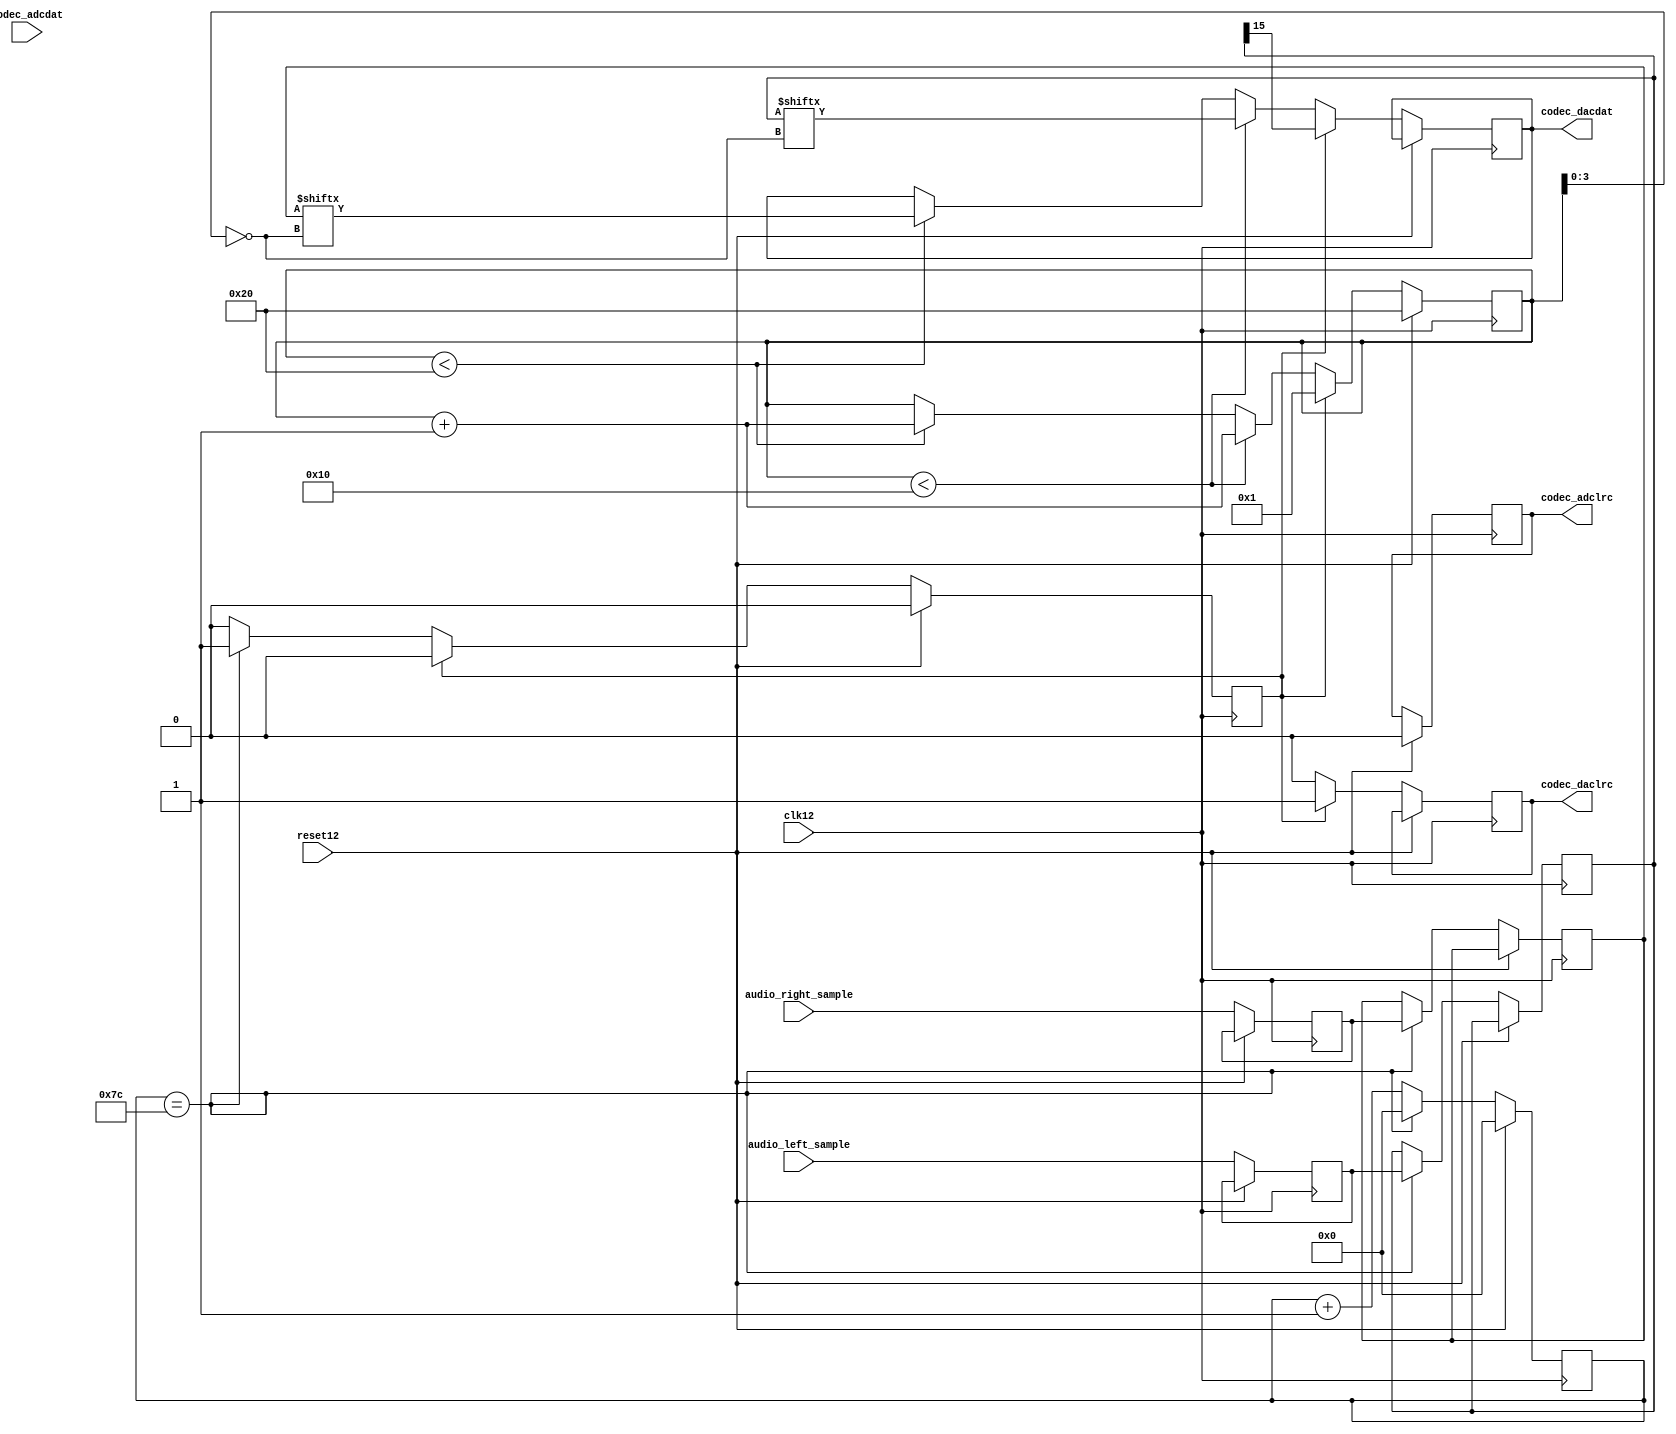
// 96 Khz async audio output block

`define CHIP_SCOPE = 1
module audio(
    input wire  clk12,  // MCLK and BCLK
    input wire  reset12,

    output reg  codec_dacdat,
    output reg  codec_daclrc,
    input  wire codec_adcdat,
    output reg  codec_adclrc,
    input  wire [15:0] audio_right_sample,
    input  wire [15:0] audio_left_sample
);

`ifdef CHIP_SCOPE
    (* mark_debug = "TRUE" *) wire  debug_clk12;
    (* mark_debug = "TRUE" *) wire  debug_reset12;
    (* mark_debug = "TRUE" *) wire debug_codec_dacdat;
    (* mark_debug = "TRUE" *) wire debug_codec_daclrc;
    (* mark_debug = "TRUE" *) wire [15:0] debug_audio_right_sample;

    assign debug_clk12 = clk12;
    assign debug_reset12 = reset12;
    assign debug_codec_dacdat = codec_dacdat;
    assign debug_codec_daclrc = codec_daclrc;
    assign debug_audio_right_sample = audio_right_sample;
`endif

// We'll use 96 Khz so our sample rate is MCLK / 125

    reg [15:0] l_right;
    reg [15:0] l_left;
    reg [15:0] right;
    reg [15:0] left;
    reg [5:0]  bit_cntr;
    reg last_audio_sample_clk;
    reg start_cycle;
    reg last_bclk;
    reg [6:0] clk_div;

    always @(posedge clk12) 
    if (reset12) begin
        bit_cntr        <= 6'd32;
        codec_adclrc    <= 0;
        last_audio_sample_clk <= 0;
        start_cycle <= 0;
        last_bclk <= 0;
        clk_div <= 0;
    end
    else begin
        l_right <= audio_right_sample;
        l_left <= audio_left_sample;
        if(clk_div == 7'd124) begin
            clk_div <= 0;
            start_cycle <= 1;
            right <= l_right;
            left <= l_left;
        end
        else begin
            clk_div <= clk_div + 1;
        end

        if(start_cycle) begin
            start_cycle <= 0;
            bit_cntr     <= 1;
            codec_daclrc <= 1;
            codec_dacdat <= left[15];
        end
        else begin
            codec_daclrc    <= 0;
            if (bit_cntr < 16) begin
                bit_cntr <= bit_cntr + 1;
                codec_dacdat <= left[~bit_cntr[3:0]];
            end
            else if (bit_cntr < 32) begin
                bit_cntr <= bit_cntr + 1;
                codec_dacdat <= right[~bit_cntr[3:0]];
            end
        end
    end

endmodule